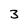
Character: 3